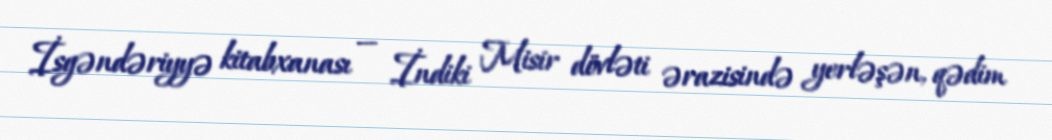
İsgəndəriyyə kitabxanası — İndiki Misir dövləti ərazisində yerləşən, qədim